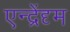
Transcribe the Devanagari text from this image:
एन्द्रेंदृम